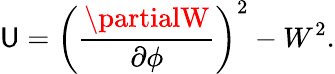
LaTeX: \mathsf{U}=\left(\frac{{\partialW}}{{\partial\phi}}\right)^{2}-W^{2}.